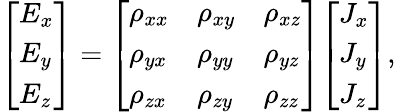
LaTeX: {\left[\begin{array}{l}{E_{x}}\\ {E_{y}}\\ {E_{z}}\end{array}\right]}={\left[\begin{array}{lll}{\rho_{xx}}&{\rho_{xy}}&{\rho_{xz}}\\ {\rho_{yx}}&{\rho_{yy}}&{\rho_{yz}}\\ {\rho_{zx}}&{\rho_{zy}}&{\rho_{zz}}\end{array}\right]}{\left[\begin{array}{l}{J_{x}}\\ {J_{y}}\\ {J_{z}}\end{array}\right]},